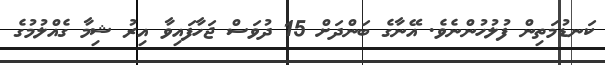
ކަނޑުމަތިން ފުލުހުންނެވެ. އޭނާގެ ބަންދަށް 15 ދުވަސް ޖަހާފައިވާ އިރު ޝިމާ ގެއްލުމުގެ